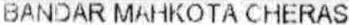
BANDAR MAHKOTA CHERAS